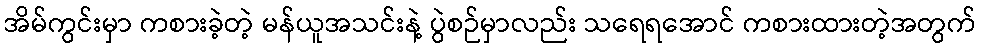
အိမ်ကွင်းမှာ ကစားခဲ့တဲ့ မန်ယူအသင်းနဲ့ ပွဲစဉ်မှာလည်း သရေရအောင် ကစားထားတဲ့အတွက်